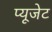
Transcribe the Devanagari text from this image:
प्यूजेट